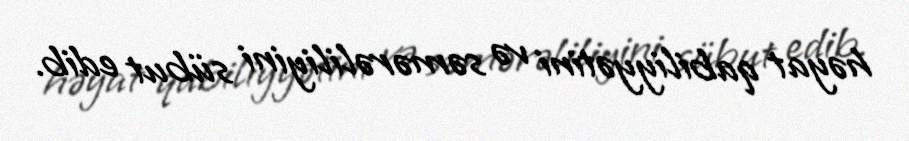
həyat qabiliyyətini və səmərəliliyini sübut edib.